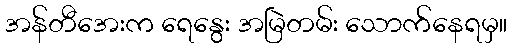
အန်တီအေးက ရေနွေး အမြဲတမ်း သောက်နေရမှ။